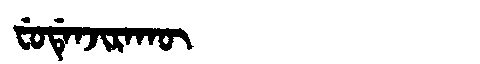
Manchu: ᠸᡠᡩᡝᠨᠵᡳᡵᠠᡴᡡ
Romanization: FUDENJIRAKŪ